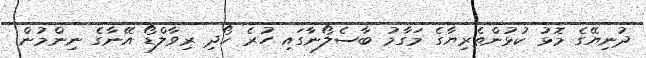
ދުނިޔޭގެ މޮޅު ކުޅުންތެރިޔާގެ މަގާމު ބާސެލޯނާގައި ހުރެ ހޯދި ރިވާލްޑޯ އޭނާގެ ނިންމުން